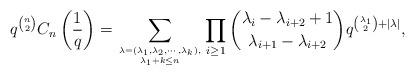
LaTeX: \begin{align*}q^{{n}\choose {2}}C_n\left(\frac{1}{q}\right)=\sum_{\lambda=(\lambda_1,\lambda_2,\cdots,\lambda_k),\atop \lambda_1+k\leq n}\prod_{i \geq 1} {\lambda_i-\lambda_{i+2}+1 \choose \lambda_{i+1}-\lambda_{i+2}}q^{{\lambda_1\choose 2}+|\lambda|},\end{align*}